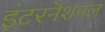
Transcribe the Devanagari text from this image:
इंटरनॆशनल